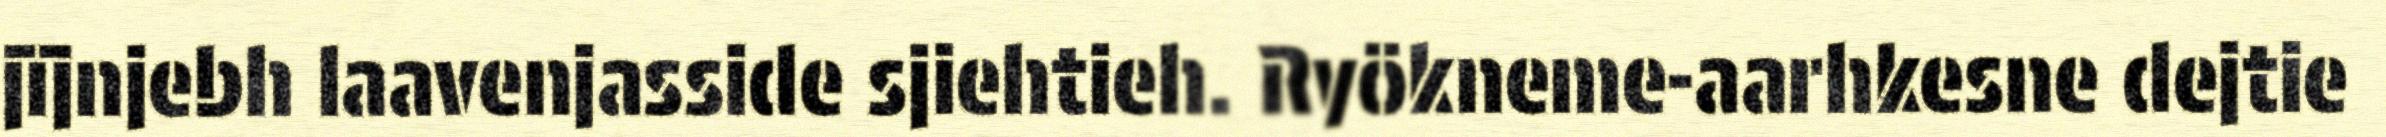
jïjnjebh laavenjasside sjiehtieh. Ryökneme-aarhkesne dejtie